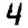
Digit: 4